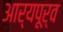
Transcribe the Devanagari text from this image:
आर्यपूर्व